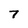
Character: 7